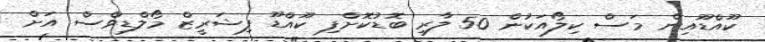
ކޫއްޑޫއިން މަސް ކިލޯއަކުން 50 ލާރި ބޮޑުކޮށްފި ކޫއްޑޫ ފިޝަރީޒް މޯލްޑިވްސް އަށް